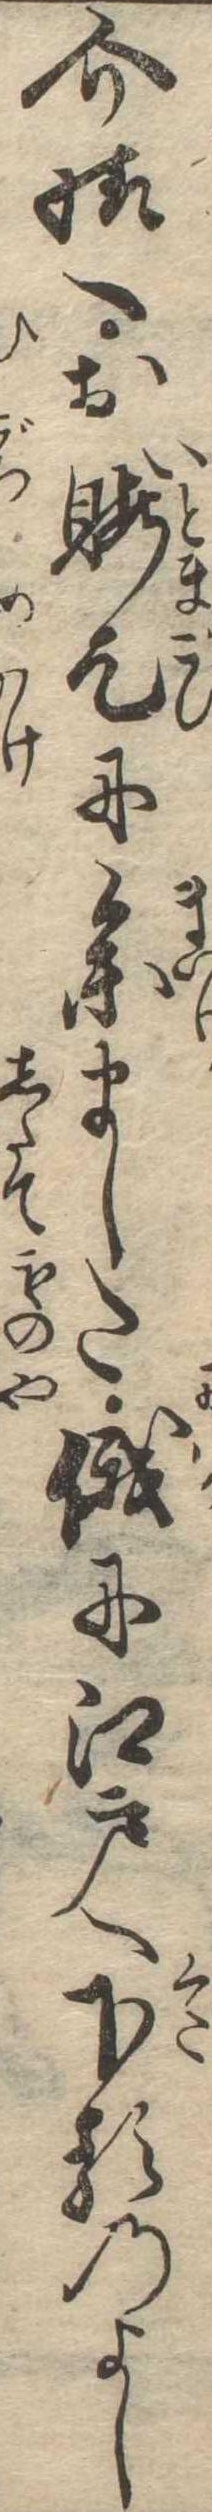
介様へお暇乞に参ました俄に江戸へ下るのよし